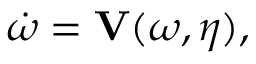
\boldsymbol { \dot { \omega } } = \mathbf { V } ( \boldsymbol { \omega } , \boldsymbol { \eta } ) ,